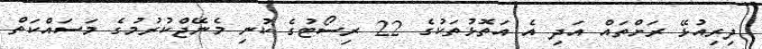
ދިރިއުޅޭ ރަށްތައް އަދި އެ އަތޮޅުތަކުގެ 22 ރިސޯޓުގެ ކުނި މެނޭޖްކުރުމުގެ މަސައްކަތް